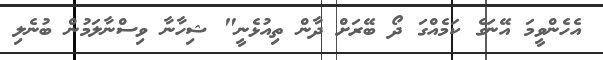
އެހެންވީމަ އޭނަގެ ކަމެއްގަ ދޯ ބޭރަށް ދާން ތިއުޅެނީ" ޝިހާނާ ވިސްނާލަމުން ބުނެލި